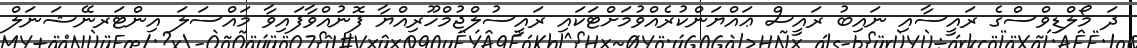
ދަ މޯލްޑިވްސްގެ ރައީސާއި ނައިބު ރައީސް ޢައްޔަންކުރެއްވުމަށްޓަކައި ރައީސުލްޖުމްހޫރިއްޔާ ފޮނުއްވާފައިވާ މައްސަލަ އިންޓަރނޭޝަނަލް